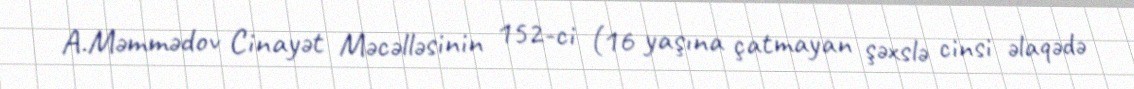
A.Məmmədov Cinayət Məcəlləsinin 152-ci (16 yaşına çatmayan şəxslə cinsi əlaqədə